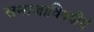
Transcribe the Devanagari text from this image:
समाजाविषयीचे